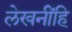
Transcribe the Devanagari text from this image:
लेखनींहि